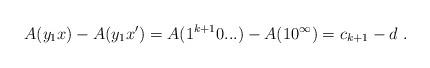
LaTeX: \begin{align*}A(y_1x) - A(y_1x') = A(1^{k+1}0...) - A(10^\infty) = c_{k+1} - d \ .\end{align*}